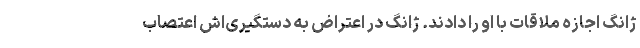
ژانگ اجازه ملاقات با او را دادند. ژانگ در اعتراض به دستگیری‌اش اعتصاب